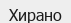
Хирано